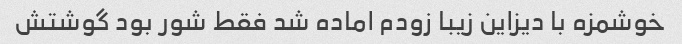
خوشمزه با دیزاین زیبا زودم اماده شد فقط شور بود گوشتش